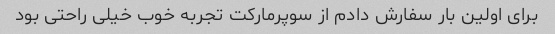
برای اولین بار سفارش دادم از سوپرمارکت تجربه خوب خیلی راحتی بود